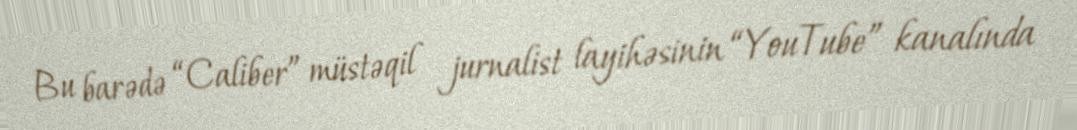
Bu barədə “Caliber” müstəqil jurnalist layihəsinin “YouTube” kanalında